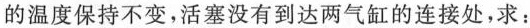
的温度保持不变，活塞没有到达两气缸的连接处，求：